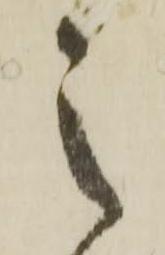
之